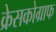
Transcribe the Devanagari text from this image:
क्रेसकोग्राफ